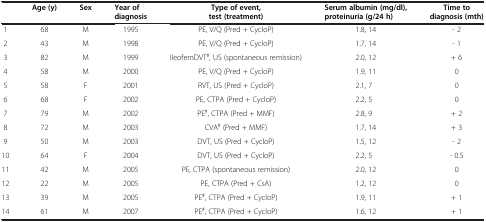
<table><thead><tr><td><b> </b></td><td><b>Age (y)</b></td><td><b>Sex</b></td><td><b>Year of diagnosis</b></td><td><b>Type of event, test (treatment)</b></td><td><b>Serum albumin (mg/dl), proteinuria (g/24 h)</b></td><td><b>Time to diagnosis (mth)</b></td></tr></thead><tbody><tr><td>1</td><td>68</td><td>M</td><td>1995</td><td>PE, V/Q (Pred + CycloP)</td><td>1.8, 14</td><td>- 2</td></tr><tr><td>2</td><td>43</td><td>M</td><td>1998</td><td>PE, V/Q (Pred + CycloP)</td><td>1.7, 14</td><td>- 1</td></tr><tr><td>3</td><td>82</td><td>M</td><td>1999</td><td>IleofemDVT<sup>#</sup>, US (spontaneous remission)</td><td>2.0, 12</td><td>+ 6</td></tr><tr><td>4</td><td>58</td><td>M</td><td>2000</td><td>PE, V/Q (Pred + CycloP)</td><td>1.9, 11</td><td>0</td></tr><tr><td>5</td><td>58</td><td>F</td><td>2001</td><td>RVT, US (Pred + CycloP)</td><td>2.1, 7</td><td>0</td></tr><tr><td>6</td><td>68</td><td>F</td><td>2002</td><td>PE, CTPA (Pred + CycloP)</td><td>2.2, 5</td><td>0</td></tr><tr><td>7</td><td>79</td><td>M</td><td>2002</td><td>PE<sup>#</sup>, CTPA (Pred + MMF)</td><td>2.8, 9</td><td>+ 2</td></tr><tr><td>8</td><td>72</td><td>M</td><td>2003</td><td>CVA<sup>#</sup> (Pred + MMF)</td><td>1.7, 14</td><td>+ 3</td></tr><tr><td>9</td><td>50</td><td>M</td><td>2003</td><td>DVT, US (Pred + CycloP)</td><td>1.5, 12</td><td>- 2</td></tr><tr><td>10</td><td>64</td><td>F</td><td>2004</td><td>DVT, US (Pred + CycloP)</td><td>2.2, 5</td><td>- 0.5</td></tr><tr><td>11</td><td>42</td><td>M</td><td>2005</td><td>PE, CTPA (spontaneous remission)</td><td>2.0, 12</td><td>0</td></tr><tr><td>12</td><td>22</td><td>M</td><td>2005</td><td>PE, CTPA (Pred + CsA)</td><td>1.2, 12</td><td>0</td></tr><tr><td>13</td><td>39</td><td>M</td><td>2005</td><td>PE<sup>#</sup>, CTPA (Pred + CycloP)</td><td>1.9, 11</td><td>+ 1</td></tr><tr><td>14</td><td>61</td><td>M</td><td>2007</td><td>PE<sup>#</sup>, CTPA (Pred + CycloP)</td><td>1.6, 12</td><td>+ 1</td></tr></tbody></table>